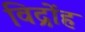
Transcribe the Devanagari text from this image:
विद्रोंह